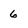
Character: 6